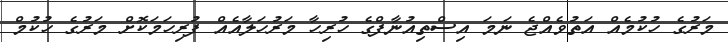
މަރުގެ ހުކުމެއް އަތުވެއްޖެ ނަމަ އިސްތިއުނާފްގެ ހުރިހާ މަރުހަލާއެއް ފުރިހަމަކޮށް މަރުގެ ހުކުމް